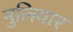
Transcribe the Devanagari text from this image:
मुलियार